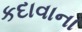
કદાવાના